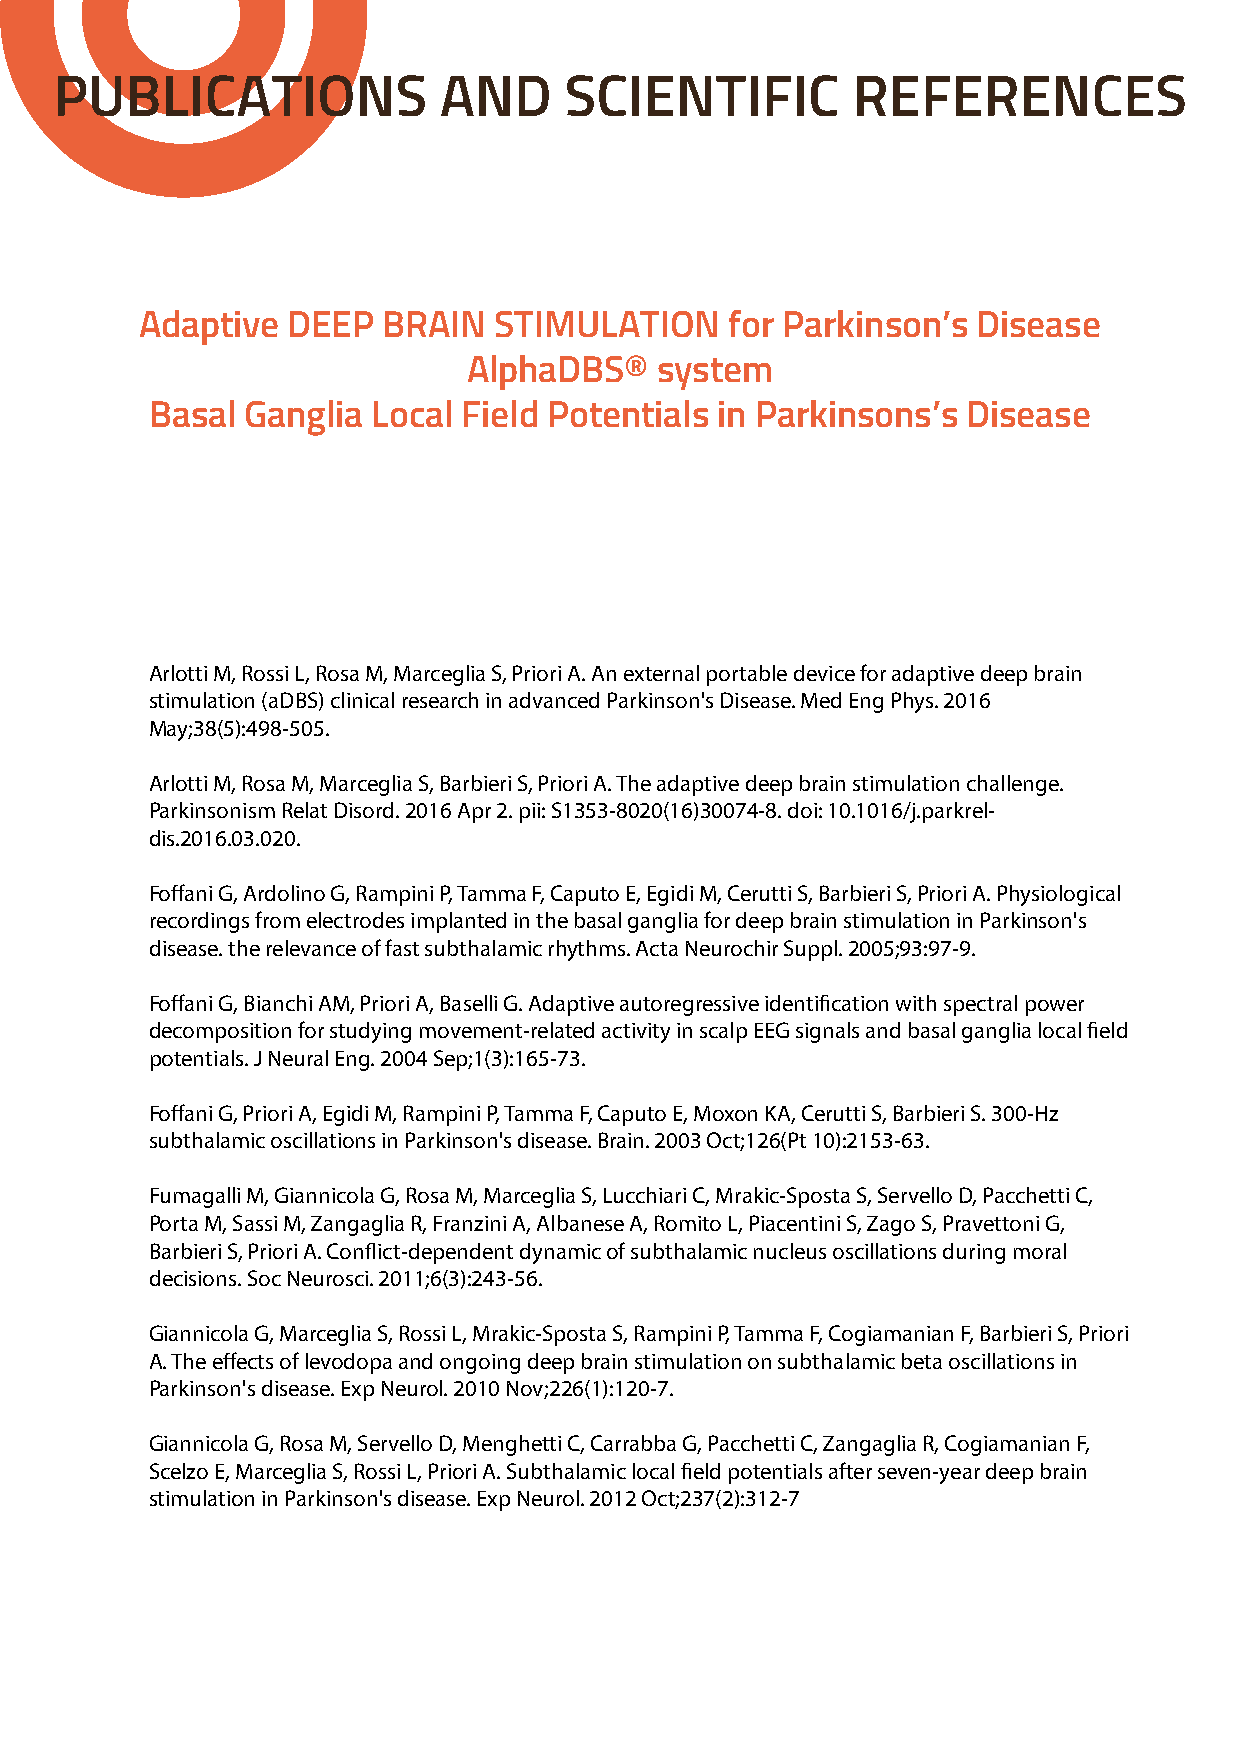
PUBLICATIONS             AND     SCIENTIFIC         REFERENCES
 Adaptive  DEEP  BRAIN   STIMULATION    for Parkinson’s  Disease
 AlphaDBS®   system
 Basal Ganglia  Local Field Potentials in Parkinsons’s Disease
 Arlotti M, Rossi L, Rosa M, Marceglia S, Priori A. An external portable device for adaptive deep brain
 stimulation (aDBS) clinical research in advanced Parkinson's Disease. Med Eng Phys. 2016
 May;38(5):498-505.
 Arlotti M, Rosa M, Marceglia S, Barbieri S, Priori A. The adaptive deep brain stimulation challenge.
 Parkinsonism Relat Disord. 2016 Apr 2. pii: S1353-8020(16)30074-8. doi: 10.1016/j.parkrel-
 dis.2016.03.020.
 Foffani G, Ardolino G, Rampini P, Tamma F, Caputo E, Egidi M, Cerutti S, Barbieri S, Priori A. Physiological
 recordings from electrodes implanted in the basal ganglia for deep brain stimulation in Parkinson's
 disease. the relevance of fast subthalamic rhythms. Acta Neurochir Suppl. 2005;93:97-9.
 Foffani G, Bianchi AM, Priori A, Baselli G. Adaptive autoregressive identification with spectral power
 decomposition for studying movement-related activity in scalp EEG signals and basal ganglia local field
 potentials. J Neural Eng. 2004 Sep;1(3):165-73.
 Foffani G, Priori A, Egidi M, Rampini P, Tamma F, Caputo E, Moxon KA, Cerutti S, Barbieri S. 300-Hz
 subthalamic oscillations in Parkinson's disease. Brain. 2003 Oct;126(Pt 10):2153-63.
 Fumagalli M, Giannicola G, Rosa M, Marceglia S, Lucchiari C, Mrakic-Sposta S, Servello D, Pacchetti C,
 Porta M, Sassi M, Zangaglia R, Franzini A, Albanese A, Romito L, Piacentini S, Zago S, Pravettoni G,
 Barbieri S, Priori A. Conflict-dependent dynamic of subthalamic nucleus oscillations during moral
 decisions. Soc Neurosci. 2011;6(3):243-56.
 Giannicola G, Marceglia S, Rossi L, Mrakic-Sposta S, Rampini P, Tamma F, Cogiamanian F, Barbieri S, Priori
 A. The effects of levodopa and ongoing deep brain stimulation on subthalamic beta oscillations in
 Parkinson's disease. Exp Neurol. 2010 Nov;226(1):120-7.
 Giannicola G, Rosa M, Servello D, Menghetti C, Carrabba G, Pacchetti C, Zangaglia R, Cogiamanian F,
 Scelzo E, Marceglia S, Rossi L, Priori A. Subthalamic local field potentials after seven-year deep brain
 stimulation in Parkinson's disease. Exp Neurol. 2012 Oct;237(2):312-7